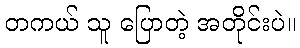
တကယ် သူ ပြောတဲ့ အတိုင်းပဲ။